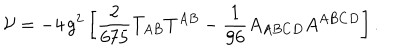
LaTeX: \mathcal { V } = - 4 \, g ^ { 2 } \left[ { \frac { 2 } { 6 7 5 } } T _ { A B } T ^ { A B } - { \frac { 1 } { 9 6 } } A _ { A B C D } A ^ { A B C D } \right] .